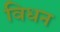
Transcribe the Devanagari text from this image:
विधन